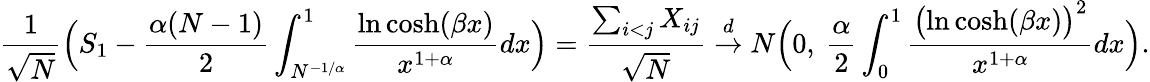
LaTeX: \frac{1}{\sqrt{N}}\Bigl(S_{1}-\frac{\alpha(N-1)}{2}\int_{N^{-1/\alpha}}^{1}\frac{\ln\cosh(\beta x)}{x^{1+\alpha}}dx\Bigr)=\frac{\sum_{i<j}X_{ij}}{\sqrt{N}}\stackrel{d}{\to}N\Bigl(0,\ \frac{\alpha}{2}\int_{0}^{1}\frac{\bigl(\ln\cosh(\beta x)\bigr)^{2}}{x^{1+\alpha}}dx\Bigr).